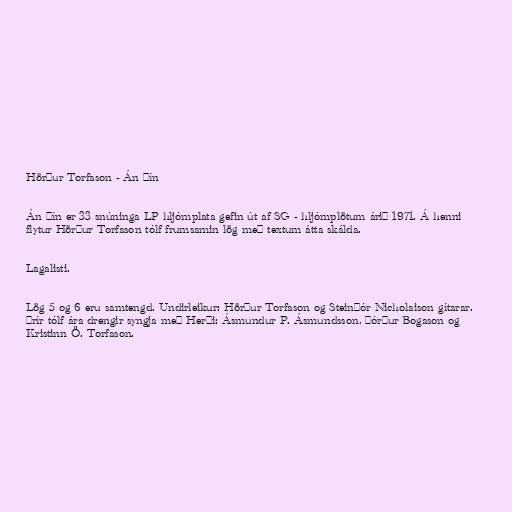
Hörður Torfason - Án þín

Án þín er 33 snúninga LP hljómplata gefin út af SG - hljómplötum árið 1971. Á henni
flytur Hörður Torfason tólf frumsamin lög með textum átta skálda.

Lagalisti.

Lög 5 og 6 eru samtengd. Undirleikur: Hörður Torfason og Steinþór Nicholaison gítarar.
Þrír tólf ára drengir syngja með Herði: Ásmundur P. Ásmundsson, Þórður Bogason og
Kristinn Ö. Torfason.